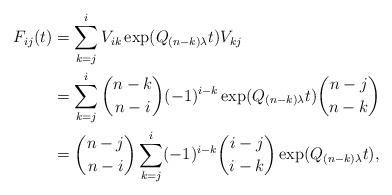
LaTeX: \begin{align*}F_{ij}(t) & = \sum_{k=j}^{i}V_{ik}\exp(Q_{(n-k)\lambda}t)V_{kj} \\& = \sum_{k=j}^{i}{n-k \choose n-i}(-1)^{i-k}\exp(Q_{(n-k)\lambda}t){n-j \choose n-k} \\& = {n-j \choose n-i}\sum_{k=j}^{i}(-1)^{i-k}{i-j \choose i-k}\exp(Q_{(n-k)\lambda}t),\end{align*}